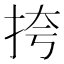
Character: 挎